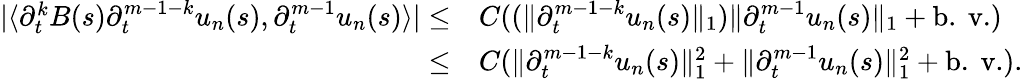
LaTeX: \begin{array}{rl}{|\langle\partial_{t}^{k}B(s)\partial_{t}^{m-1-k}u_{n}(s),\partial_{t}^{m-1}u_{n}(s)\rangle|\leq}&{C((\| \partial_{t}^{m-1-k}u_{n}(s)\| _{1})\| \partial_{t}^{m-1}u_{n}(s)\| _{1}+\mathrm{b.~v.})}\\ {\leq}&{C(\| \partial_{t}^{m-1-k}u_{n}(s)\| _{1}^{2}+\| \partial_{t}^{m-1}u_{n}(s)\| _{1}^{2}+\mathrm{b.~v.}).}\end{array}